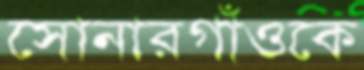
সোনারগাঁওকে